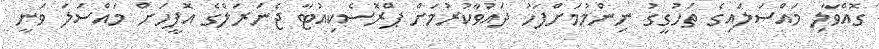
ގޮއްވާލި މައްސަލައިގެ ތަހުގީގު ނިންމުމަށްފަހު ދައުވާކުރުމަށް ޕްރޮސެކިއުޓާ ޖެނަރަލްގެ އޮފީހަށް މައްސަލަ ވަނީ